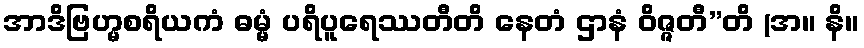
အာဒိဗြဟ္မစရိယကံ ဓမ္မံ ပရိပူရေဿတီတိ နေတံ ဌာနံ ဝိဇ္ဇတီ”တိ (အ။ နိ။